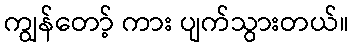
ကျွန်တော့် ကား ပျက်သွားတယ်။